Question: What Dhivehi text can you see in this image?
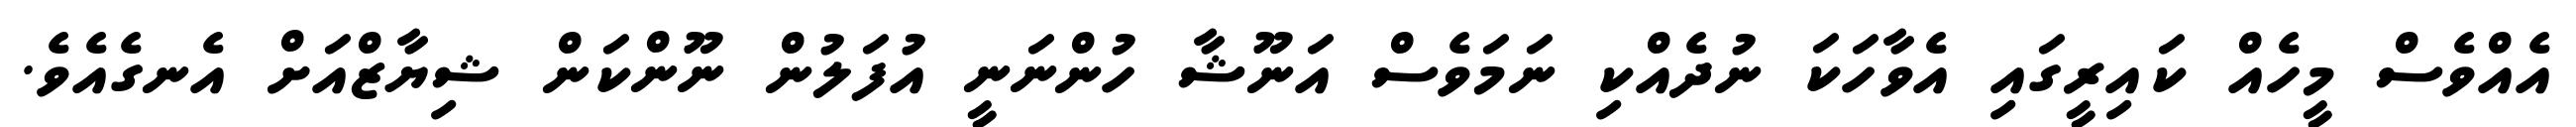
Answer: އެއްވެސް މީހެއް ކައިރީގައި އެވާހަކަ ނުދެއްކި ނަމަވެސް އަނޫޝާ ހުންނަނީ އުފަލުން ނޫންކަން ޝިޔާޒްއަށް އެނގެއެވެ.